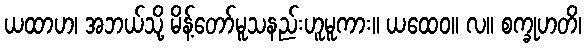
ယထာဟ၊ အဘယ်သို့ မိန့်တော်မူသနည်းဟူမူကား။ ယထေဝ။ လ။ စက္ခုဟတိ၊